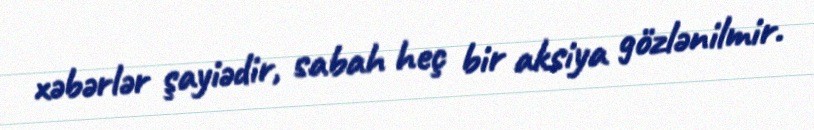
xəbərlər şayiədir, sabah heç bir aksiya gözlənilmir.